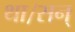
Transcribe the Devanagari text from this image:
था।सन्